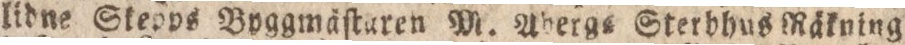
lidne Skepps Bvggmäſturen M. Abergs Sterbhus Räkning